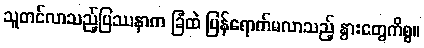
သူတင်လာသည့်ပြဿနာက ခြံထဲ ပြန်ရောက်မလာသည့် နွားတွေကိစ္စ။